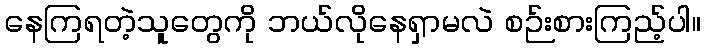
နေကြရတဲ့သူတွေကို ဘယ်လိုနေရှာမလဲ စဉ်းစားကြည့်ပါ။